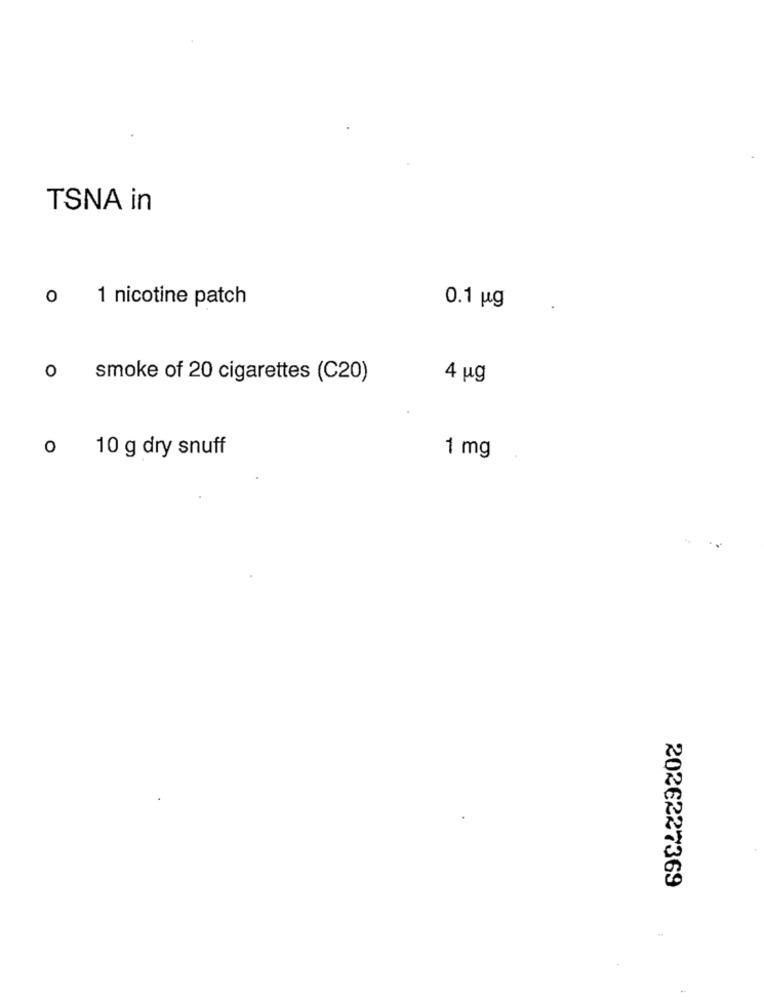
TSNA in
0 1 nicotine patch
0.1 ug
0
smoke of 20 cigarettes (C20)
4 ug
0
10 g dry snuff
1 mg
2026227369